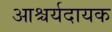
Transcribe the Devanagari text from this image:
आश्चर्यदायक